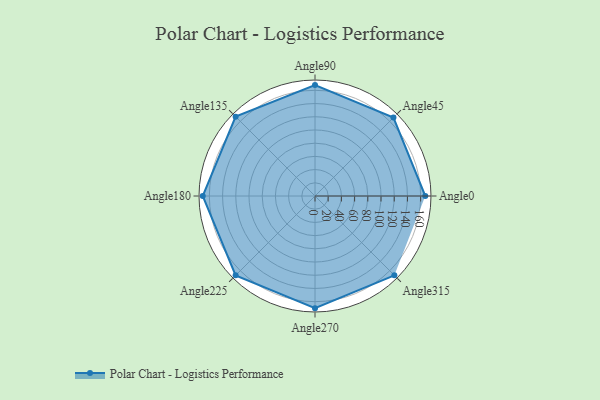
{"axis": {"x": "Angle", "y": "Radius"}, "legend": [""], "data": [{"x": "Angle0", "y": 167.0, "type": ""}, {"x": "Angle45", "y": 168.0, "type": ""}, {"x": "Angle90", "y": 168.0, "type": ""}, {"x": "Angle135", "y": 170, "type": ""}, {"x": "Angle180", "y": 170, "type": ""}, {"x": "Angle225", "y": 170, "type": ""}, {"x": "Angle270", "y": 170, "type": ""}, {"x": "Angle315", "y": 170.0, "type": ""}]}